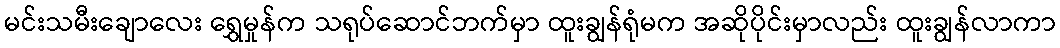
မင်းသမီးချောလေး ရွှေမှုန်က သရုပ်ဆောင်ဘက်မှာ ထူးချွန်ရုံမက အဆိုပိုင်းမှာလည်း ထူးချွန်လာကာ